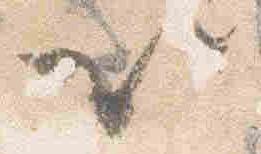
以